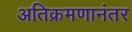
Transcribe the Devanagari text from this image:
अतिक्रमणानंतर